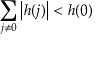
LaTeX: \sum _ { j \neq 0 } \left| h ( j ) \right| < h ( 0 )